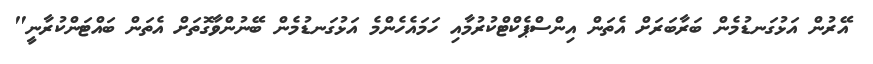
އޭރުން އަޅުގަނޑުމެން ބަރާބަރަށް އެތަން އިންސްޕެކްޓްކުރުމާއި ހަމައެހެންމެ އަޅުގަނޑުމެން ބޭނުންވާގޮތަށް އެތަން ބައްޓަންކުރާނީ"